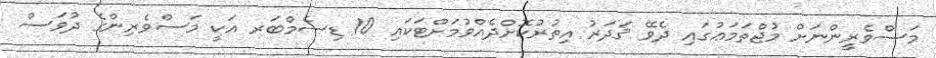
މަސްވެރީންނަށް މުޖްތަމަޢުގައި ދެވޭ ޤަދަރު އިތުރުކޮށްދެއްވުމަށްޓަކައި 10 ޑިސެމްބަރ އަކީ މަސްވެރިންގެ ދުވަސް